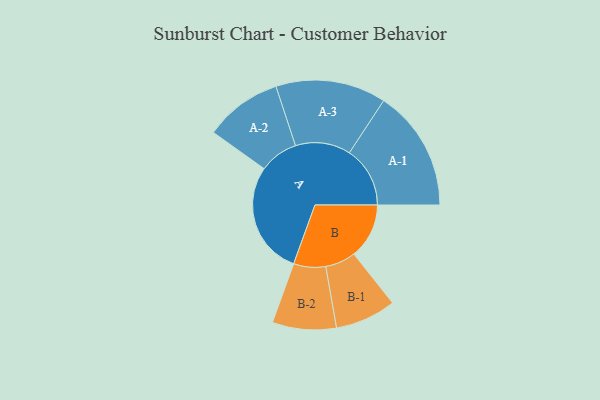
{"axis": {"x": "Segment", "y": "Value"}, "legend": ["", "A", "B"], "data": [{"x": "A", "y": 434, "type": ""}, {"x": "B", "y": 212, "type": ""}, {"x": "A-1", "y": 233, "type": "A"}, {"x": "A-2", "y": 149, "type": "A"}, {"x": "A-3", "y": 212, "type": "A"}, {"x": "B-1", "y": 117, "type": "B"}, {"x": "B-2", "y": 123, "type": "B"}]}